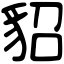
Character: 貂